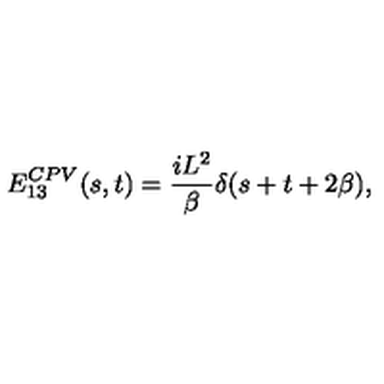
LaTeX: E _ { 1 3 } ^ { C P V } ( s , t ) = { \frac { i L ^ { 2 } } { \beta } } \delta ( s + t + 2 \beta ) ,